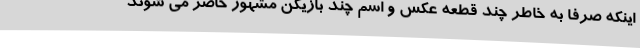
اینکه صرفا به خاطر چند قطعه عکس و اسم چند بازیکن مشهور حاضر می شوند